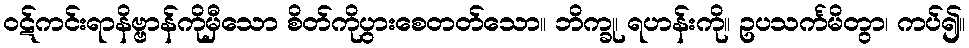
ဝဋ်ကင်းရာနိဗ္ဗာန်ကိုမှီသော စိတ်ကိုပွားစေတတ်သော။ ဘိက္ခု၊ ရဟန်းကို။ ဥပသင်္ကမိတွာ၊ ကပ်၍။